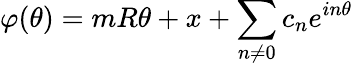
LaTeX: \varphi(\theta)=mR\theta+x+\sum_{n\neq 0}c_{n}e^{in\theta}